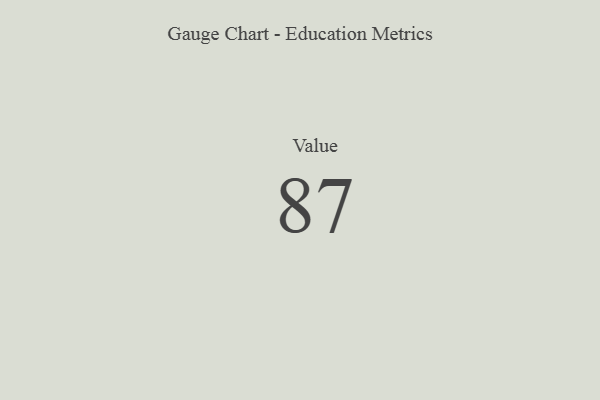
{"axis": {"x": "Metric", "y": "Value"}, "legend": [""], "data": [{"x": "Value", "y": 87, "type": ""}]}